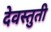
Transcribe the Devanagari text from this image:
देवस्तुती